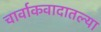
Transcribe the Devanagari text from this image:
चार्वाकवादातल्या